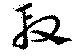
段